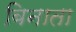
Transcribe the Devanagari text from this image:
बिनाता